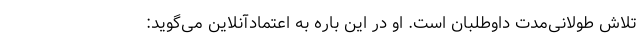
تلاش طولانی‌مدت داوطلبان است. او در این باره به اعتمادآنلاین می‌گوید: